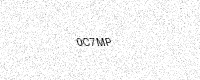
Text: 0C7MP